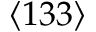
\langle 1 3 3 \rangle